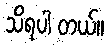
သိရပါ တယ်။